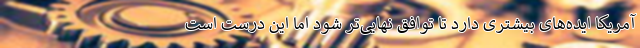
آمریکا ایده‌های بیشتری دارد تا توافق نهایی‌تر شود اما این درست است